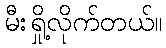
မီးရှို့လိုက်တယ်။